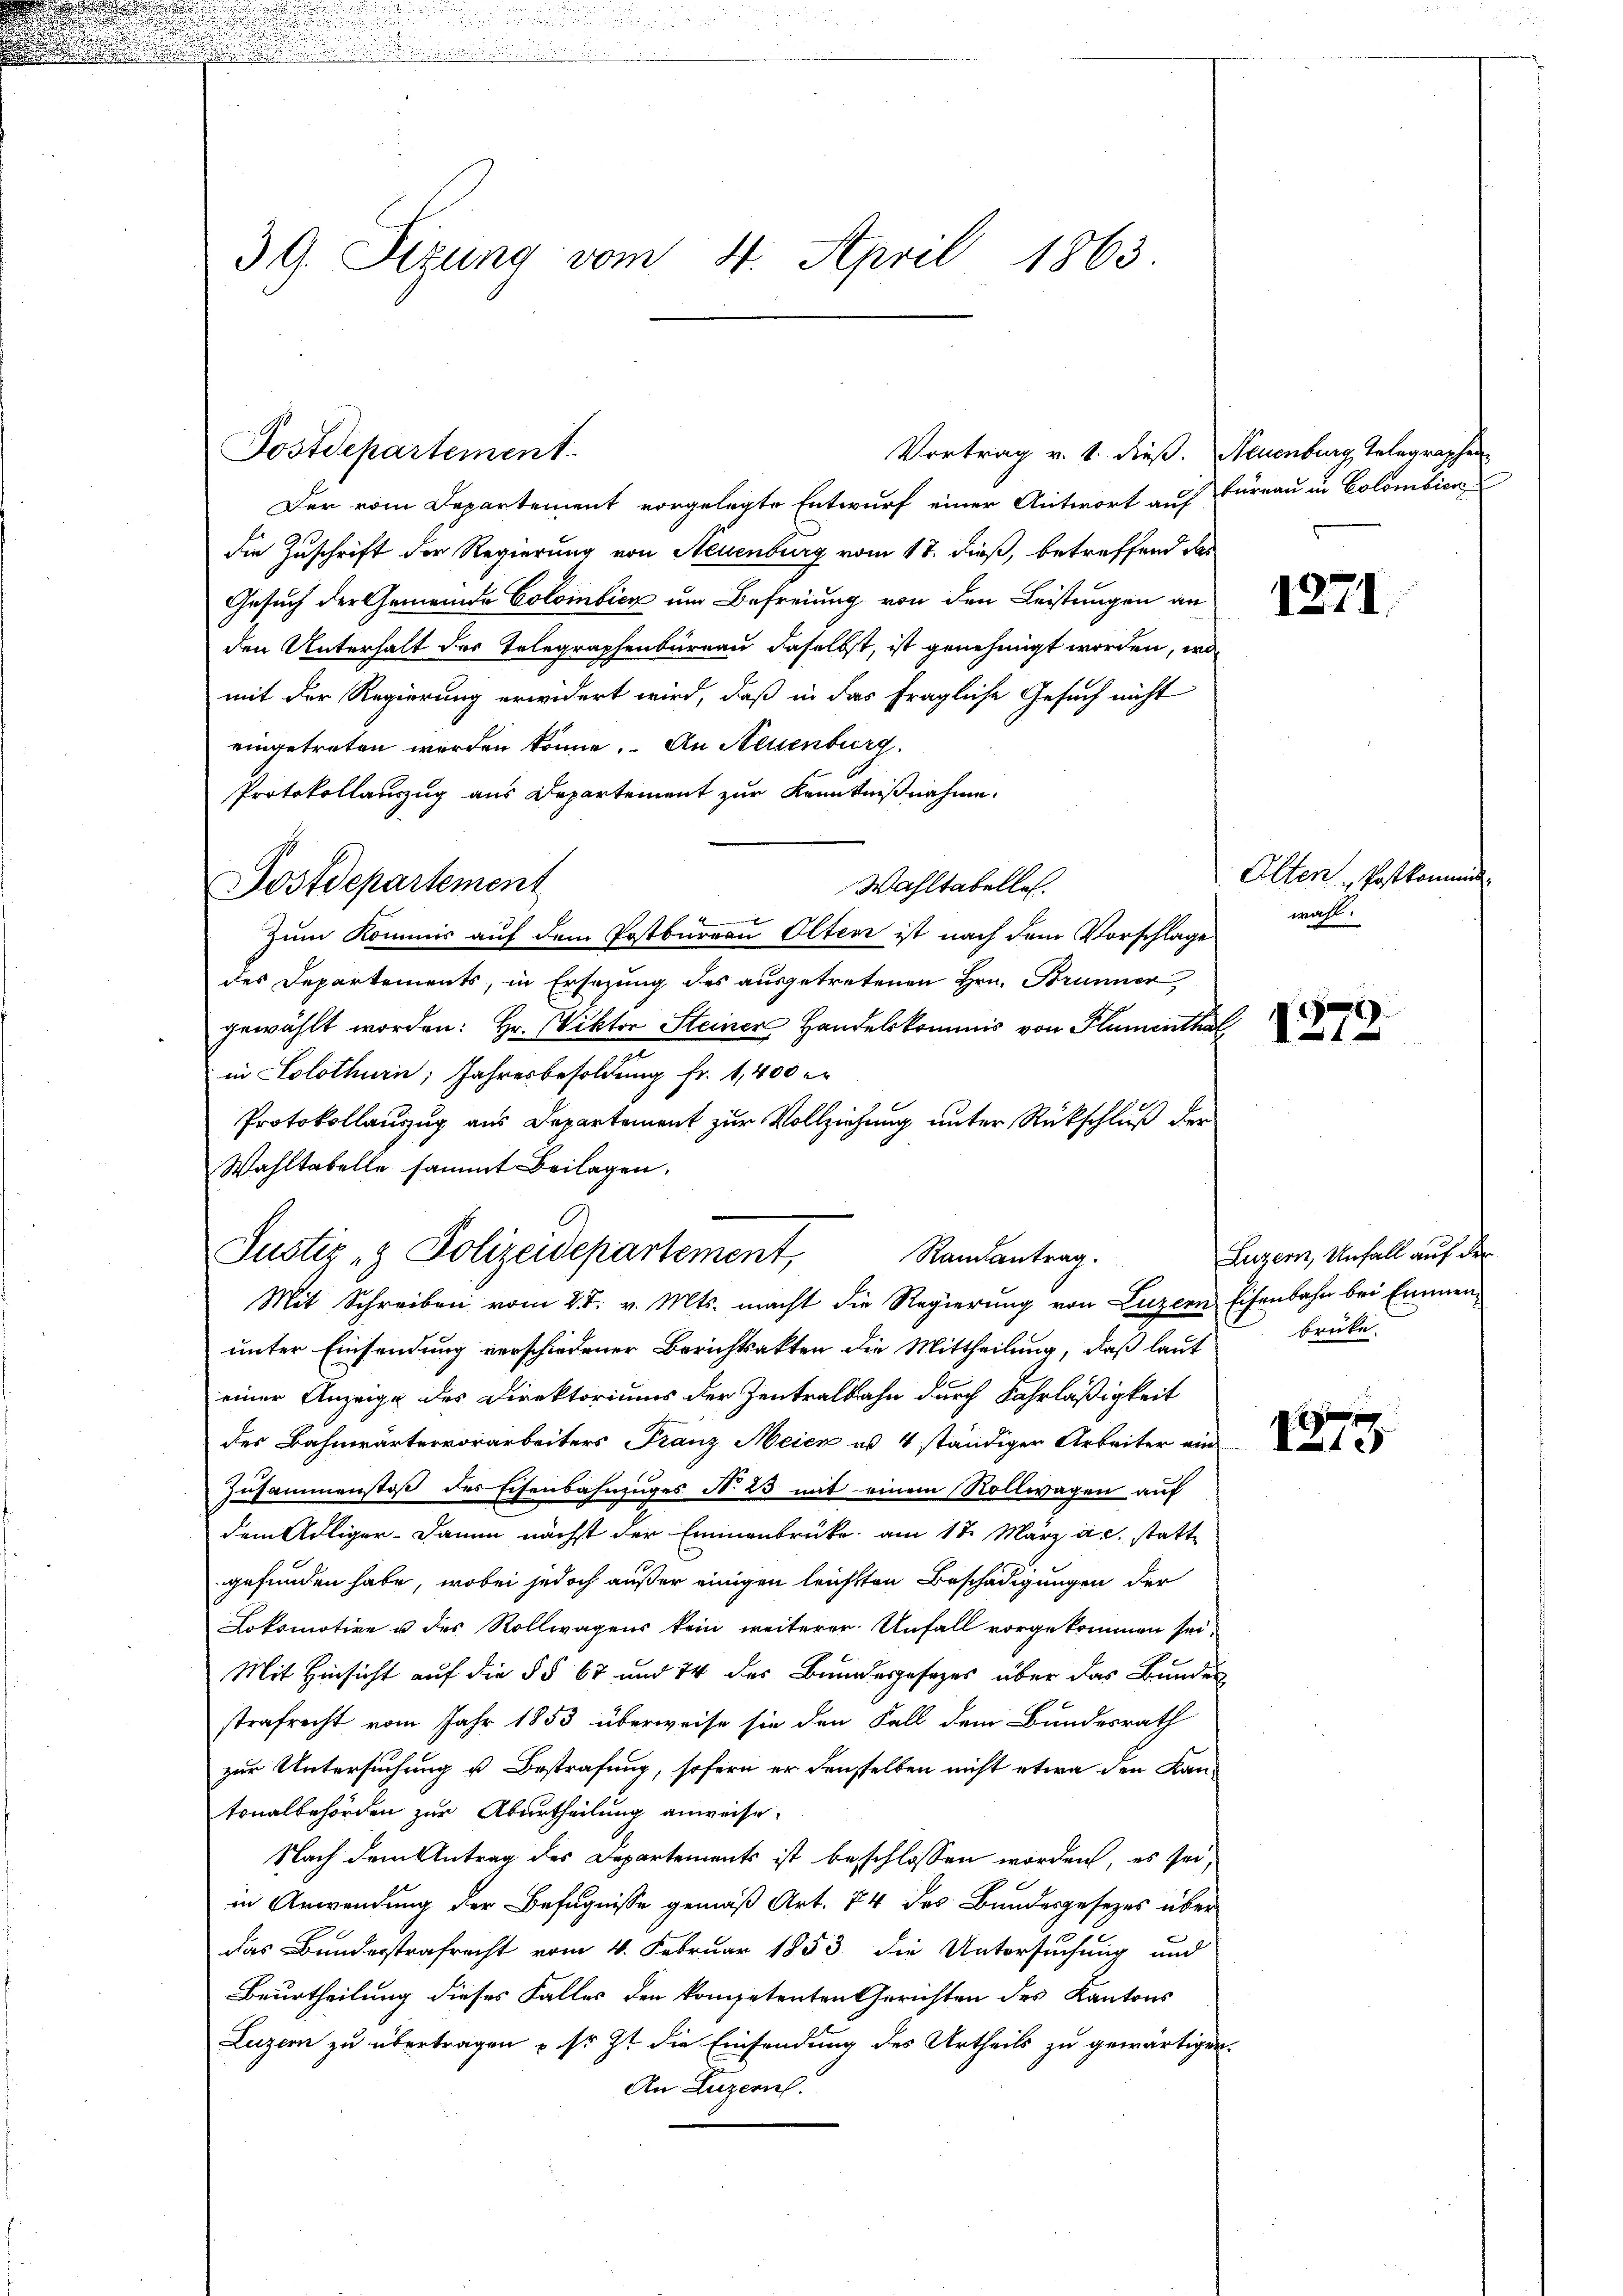
.
.

3G. Sizung vom 4. April 1863.

Postdepartement

Postdepartement

Justiz- & Polizeidepartement,

Randantrag.

Vortrag v. 1. dieß. Neuenburg, Telegraphen
Der vom Departement vorgelegte Entwurf einer Antwort auf Furrau in Colombien
die Zuschrift der Regierung von Neuenburg vom 17. dieß, betreffend das
Gesuch der Gemeinde Colombicz um Befreiung von den Leistungen an
den Unterhalt der Telegraphenbureau daselbst, ist genehmigt worden, wo
mit der Regierung erwidert wird, daß in das fragliche Gesuch nicht
eingetreten worden könne. An Neuenburg.
Protokollauszug aus Departement zur Kenntnißnahme.
Wahltabelle.
Zum Kommis auf dem Postbureau Olten ist nach dem Vorschlage
des Departements, in Ersezung des ausgetretenen Hrn. Brunner
gewählt worden: Hr. Viktor Steiner Handelskommis von Flumenthal
in Solothurn, Jahresbesoldung fr. 1,400 e
Protokollauszug aus Departement zur Vollziehung unter Rückschluß der
Wahltabelle sammt Beilagen.
Mit Schreiben vom 27. v. Mts. macht die Regierung von Luzern Eisenbahn bei Emmenunter Einsendung verschiedener Berichtsakten die Mittheilung, daß laut
einer Anzeige des Direktoriums der Zentralbahn durch Fahrläßigkeit
der Bahnwärtervorarbeiters Franz Meier u. 4 ständiger Arbeiter ein
Zusammenstoß des Eisenbahnzuges N. 23 mit einem Rollwagen auf
dem Adliger-Damm nächst der Emmenbrücke am 17. März a.c. statte
gefunden habe, wobei jedoch außer einigen leichsten Beschädigungen der
Lokomotive u des Rollwagens kein weiterer Unfall vorgekommen sei.
Mit Hinsicht auf die §§ 67 und 74 des Bundesgesezes über das Bundes
strafrecht vom Jahr 1853 überweise sie den Fall dem Bundesrath
zur Untersuchung u. Bestrafung, sofern er denselben nicht etwa den Kantonalbehörden zur Aburtheilung anweise.
Nach dem Antrag des Departements ist beschlossen worden, es sei,
in Anwendung der Befugnisse gemäß Art. 74 des Bundesgesezes über
das Bunderstrafrecht vom 4. Februar 1853 die Untersuchung und
Beurtheilung dieses Falles den kompetenten Gerichten des Kantons
Luzern zu übertragen & sr. Zt. die Einsendung des Urtheils zu gewärtigen.
An Luzern.

Olten, Postkommis
wahl.

1271.

)
1

Luzern, Unfall auf der
brüke.